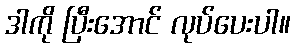
ဒါကို ပြီးအောင် လုပ်ပေးပါ။